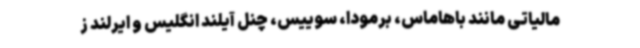
مالیاتی مانند باهاماس، برمودا، سوییس، چنل آیلند انگلیس و ایرلند ز